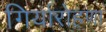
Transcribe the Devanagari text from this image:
गिर्यारोहणा